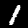
Digit: 1